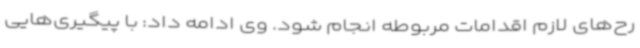
رح‌های لازم اقدامات مربوطه انجام شود. وی ادامه داد: با پیگیری‌هایی